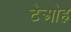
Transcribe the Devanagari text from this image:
टेओह